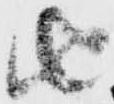
由